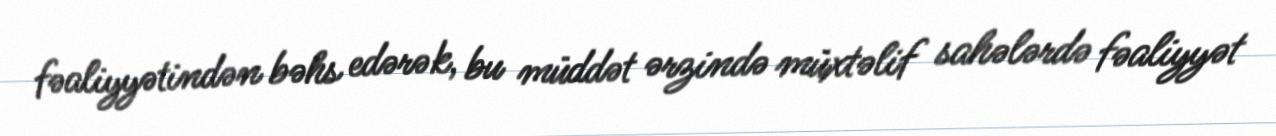
fəaliyyətindən bəhs edərək, bu müddət ərzində müxtəlif sahələrdə fəaliyyət